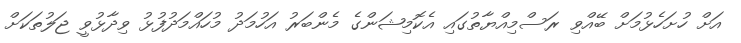
އަށް ހުށަހެޅުމަށް ބޭއްވި ރަސްމިއްޔާތުގައި އެކޮމިޝަންގެ މެންބަރު އަހުމަދު މުހައްމަދުފުޅު ވިދާޅުވީ ޖަލުތަަކަށް